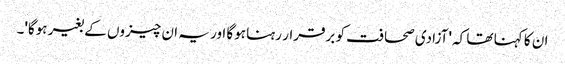
ان کا کہنا تھا کہ 'آزادی صحافت کو برقرار رہنا ہوگا اور یہ ان چیزوں کے بغیر ہوگا'۔